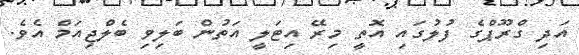
އަދި ގްރޫޕްގެ ފުލުގައި އޮތީ މިރޭ އިޓަލީ އަތުން ބަލިވި ބެލްޖިއަމް އެވެ.